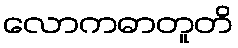
လောကဓာတူတိ